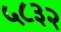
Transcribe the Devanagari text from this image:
५८३२